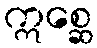
ဣစ္ဆေ